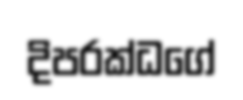
දිපරක්ධගේ